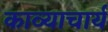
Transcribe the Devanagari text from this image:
काव्याचार्य